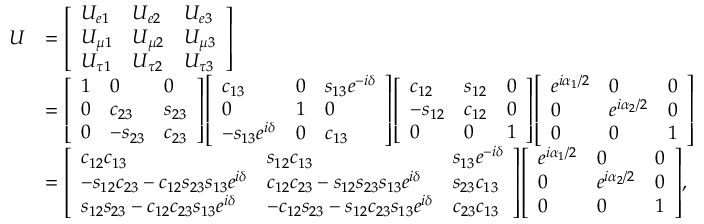
{ \begin{array} { r l } { U } & { = { \left[ \begin{array} { l l l } { U _ { e 1 } } & { U _ { e 2 } } & { U _ { e 3 } } \\ { U _ { \mu 1 } } & { U _ { \mu 2 } } & { U _ { \mu 3 } } \\ { U _ { \tau 1 } } & { U _ { \tau 2 } } & { U _ { \tau 3 } } \end{array} \right] } } \\ & { = { \left[ \begin{array} { l l l } { 1 } & { 0 } & { 0 } \\ { 0 } & { c _ { 2 3 } } & { s _ { 2 3 } } \\ { 0 } & { - s _ { 2 3 } } & { c _ { 2 3 } } \end{array} \right] } { \left[ \begin{array} { l l l } { c _ { 1 3 } } & { 0 } & { s _ { 1 3 } e ^ { - i \delta } } \\ { 0 } & { 1 } & { 0 } \\ { - s _ { 1 3 } e ^ { i \delta } } & { 0 } & { c _ { 1 3 } } \end{array} \right] } { \left[ \begin{array} { l l l } { c _ { 1 2 } } & { s _ { 1 2 } } & { 0 } \\ { - s _ { 1 2 } } & { c _ { 1 2 } } & { 0 } \\ { 0 } & { 0 } & { 1 } \end{array} \right] } { \left[ \begin{array} { l l l } { e ^ { i \alpha _ { 1 } / 2 } } & { 0 } & { 0 } \\ { 0 } & { e ^ { i \alpha _ { 2 } / 2 } } & { 0 } \\ { 0 } & { 0 } & { 1 } \end{array} \right] } } \\ & { = { \left[ \begin{array} { l l l } { c _ { 1 2 } c _ { 1 3 } } & { s _ { 1 2 } c _ { 1 3 } } & { s _ { 1 3 } e ^ { - i \delta } } \\ { - s _ { 1 2 } c _ { 2 3 } - c _ { 1 2 } s _ { 2 3 } s _ { 1 3 } e ^ { i \delta } } & { c _ { 1 2 } c _ { 2 3 } - s _ { 1 2 } s _ { 2 3 } s _ { 1 3 } e ^ { i \delta } } & { s _ { 2 3 } c _ { 1 3 } } \\ { s _ { 1 2 } s _ { 2 3 } - c _ { 1 2 } c _ { 2 3 } s _ { 1 3 } e ^ { i \delta } } & { - c _ { 1 2 } s _ { 2 3 } - s _ { 1 2 } c _ { 2 3 } s _ { 1 3 } e ^ { i \delta } } & { c _ { 2 3 } c _ { 1 3 } } \end{array} \right] } { \left[ \begin{array} { l l l } { e ^ { i \alpha _ { 1 } / 2 } } & { 0 } & { 0 } \\ { 0 } & { e ^ { i \alpha _ { 2 } / 2 } } & { 0 } \\ { 0 } & { 0 } & { 1 } \end{array} \right] } , } \end{array} }